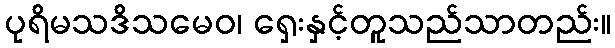
ပုရိမသဒိသမေဝ၊ ရှေးနှင့်တူသည်သာတည်း။